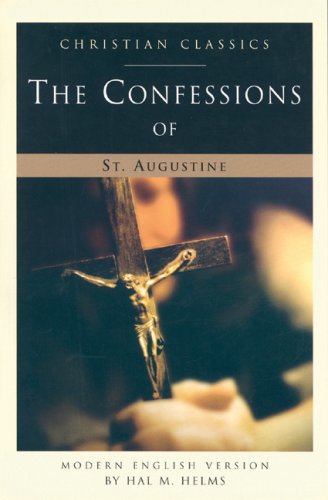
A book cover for The Confessions of St. Augustine: Modern English Version (Paraclete Living Library); Saint, Bishop of Hippo Augustine; Christian Books & Bibles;